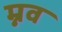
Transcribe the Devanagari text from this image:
म्नव